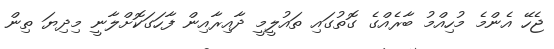
ޖެހޭ އެންމެ މުހިއްމު ބާރެއްގެ ގޮތުގައި ތައުލީމީ ދާއިރާއިން ފާހަގަކޮށްލާނީ މިދިޔަ ތިން